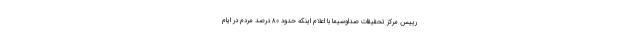
رییس مرکز تحقیقات صداوسیما با اعلام اینکه حدود ۸۰ درصد مردم در ایام